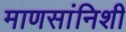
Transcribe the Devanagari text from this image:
माणसांनिशी